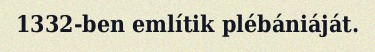
1332-ben említik plébániáját.